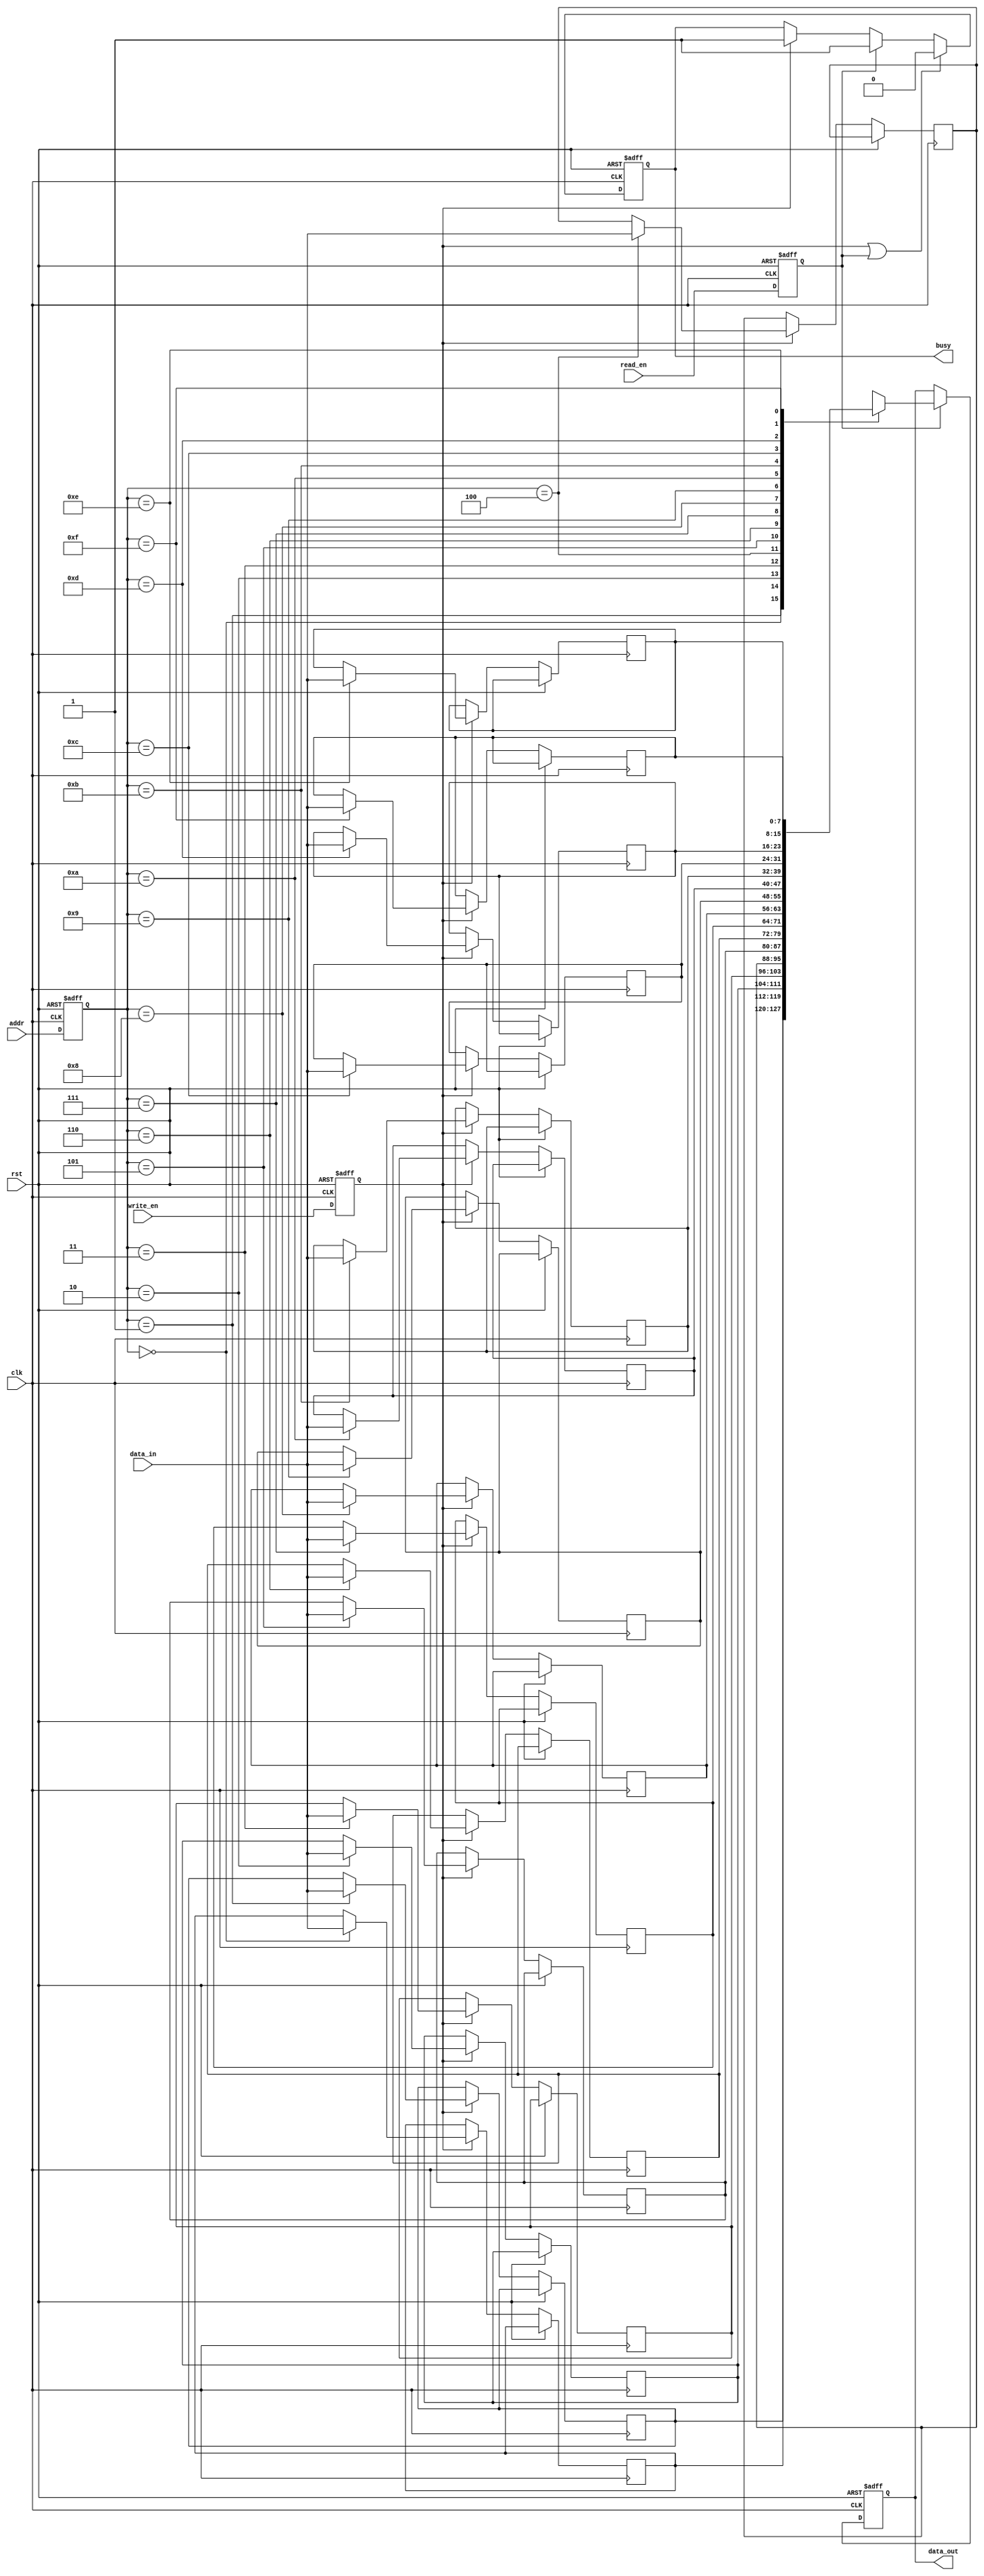
module MemoryBlock #(
    parameter ADDR_WIDTH = 4,  // Address width
    parameter DATA_WIDTH = 8,   // Data width
    parameter MEM_SIZE = 1 << ADDR_WIDTH // Memory size
)(
    input wire clk,               // Clock signal
    input wire rst,               // Reset signal
    input wire read_en,           // Read enable signal
    input wire write_en,          // Write enable signal
    input wire [ADDR_WIDTH-1:0] addr, // Address input
    input wire [DATA_WIDTH-1:0] data_in, // Data input
    output reg [DATA_WIDTH-1:0] data_out, // Data output
    output reg busy               // Status signal indicating memory busy
);

    // Memory array
    reg [DATA_WIDTH-1:0] mem [0:MEM_SIZE-1];
    
    // Safe delay line (simple implementation)
    reg [ADDR_WIDTH-1:0] addr_delayed;
    reg write_en_delayed;
    reg read_en_delayed;

    // Control logic for read and write operations
    always @(posedge clk or posedge rst) begin
        if (rst) begin
            busy <= 1'b0;
            data_out <= {DATA_WIDTH{1'b0}};
            addr_delayed <= {ADDR_WIDTH{1'b0}};
            write_en_delayed <= 1'b0;
            read_en_delayed <= 1'b0;
        end else begin
            // Latch the address and control signals through the delay line
            addr_delayed <= addr;
            write_en_delayed <= write_en;
            read_en_delayed <= read_en;

            // Handle write operation
            if (write_en_delayed) begin
                busy <= 1'b1;
                mem[addr_delayed] <= data_in; // Write data to memory
            end
            
            // Handle read operation
            if (read_en_delayed) begin
                busy <= 1'b1;
                data_out <= mem[addr_delayed]; // Read data from memory
            end
            
            // Reset busy signal after operations
            if (write_en_delayed || read_en_delayed) begin
                busy <= 1'b0;
            end
        end
    end

endmodule